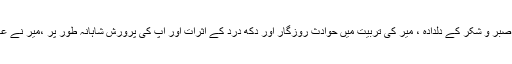
میر میں تعلی پن اور آپ میں سادگی و شرافت ، میر ہجو پسند اور آپ صبر و شکر کے دلدادہ ، میر کی تربیت میں حوادث روزگار اور دکھ درد کے اثرات اور آپ کی پرورش شاہانہ طور پر ،میر نے عہد طفلی سے لے کر آخری وقت تک زندگی کا بطور چیلنج سامنا کیا ۔